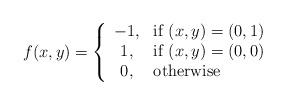
LaTeX: \begin{align*}f(x,y)=\left\lbrace\begin{array}{cl}-1,&\mbox{if }(x,y)=(0,1)\\1,&\mbox{if }(x,y)=(0,0)\\0,&\mbox{otherwise}\end{array}\right.\end{align*}